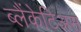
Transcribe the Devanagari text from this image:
ब्लैंकेटिअस